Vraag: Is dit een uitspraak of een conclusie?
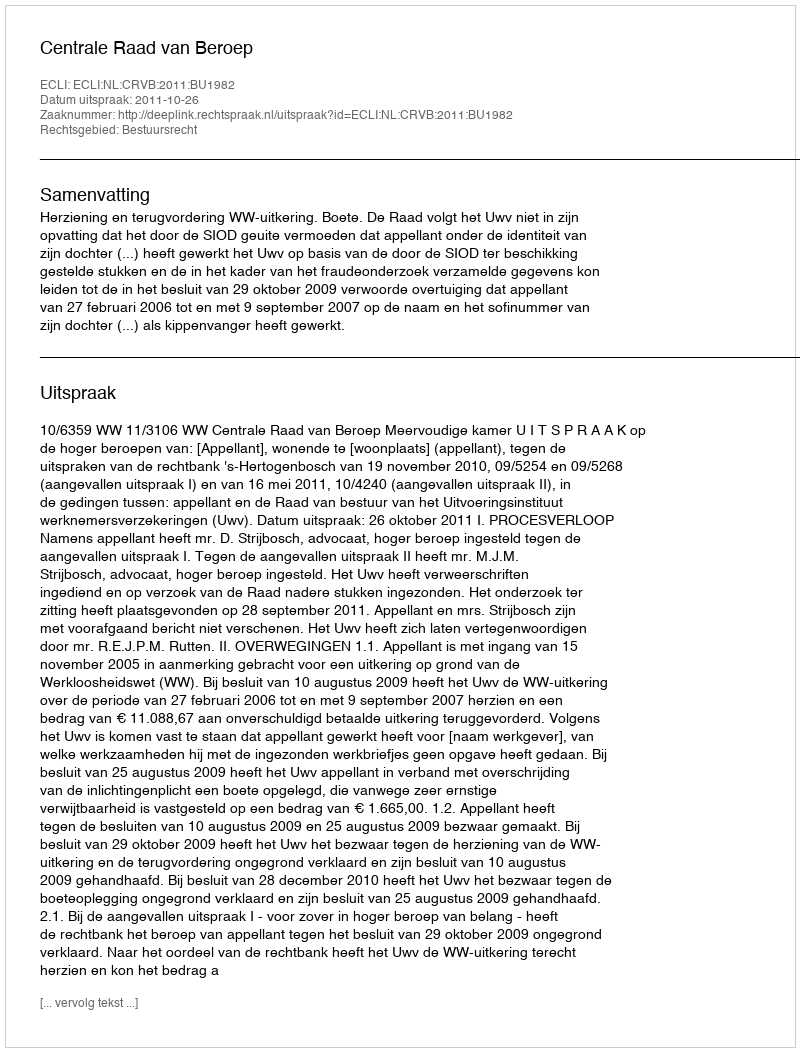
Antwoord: Uitspraak